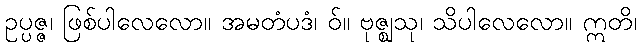
ဥပ္ပဇ္ဇ၊ ဖြစ်ပါလေလော။ အမတံပဒံ၊ ဝ်။ ဗုဇ္ဈသု၊ သိပါလေလော။ ဣတိ၊